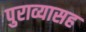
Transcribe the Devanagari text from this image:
पुराव्यासह